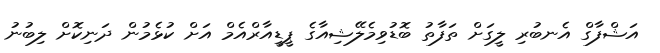
އަޝްފާގް އެނބުރި ލީގަށް ތަފާތު ބޮޑުވިމެލޭޝިއާގެ ޕީޑީއާރްއެމް އަށް ކުޅެމުން ދަނިކޮށް ލިބުނު